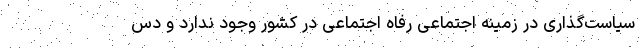
سیاست‌گذاری در زمینه اجتماعی رفاه اجتماعی در کشور وجود ندارد و دس